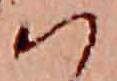
は